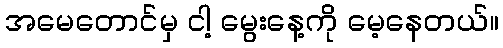
အမေတောင်မှ ငါ့ မွေးနေ့ကို မေ့နေတယ်။